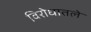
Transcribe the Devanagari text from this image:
विरोधातले